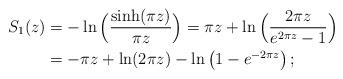
LaTeX: \begin{align*}S_1(z) &= - \ln\Big (\frac{\sinh(\pi z)}{\pi z}\Big ) = \pi z + \ln\Big (\frac{2\pi z}{e^{2\pi z}-1}\Big ) \\&= - \pi z + \ln (2\pi z) - \ln \left( {1 - e^{ - 2\pi z} } \right);\end{align*}